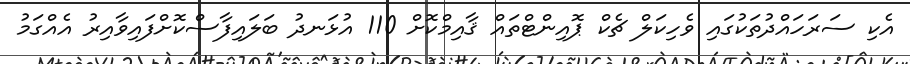
އެކި ސަރަހައްދުތަކުގައި ވެހިކަލް ޗެކް ޕޮއިންޓްތައްް ޤާއިމްކޮށް 110 އުޅަނދު ބަލައިފާސްކޮށްފައިވާއިރު އެއްގަމު